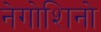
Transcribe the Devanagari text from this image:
नेगोशिनो